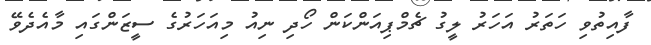
ފާއިތުވި ހަތަރު އަހަރު ލީގު ޗެމްޕިއަންކަން ހޯދި ނިއު މިއަހަރުގެ ސީޒަންގައި މާއެދެވޭ